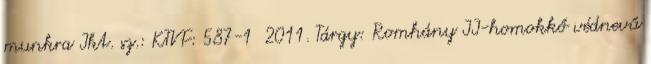
munkra Ikt. sz.: KTVF: 587-1 2011. Tárgy: Romhány II-homokkő védnevű